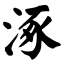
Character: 涿